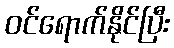
ဝင်ရောက်နိုင်ပြီး